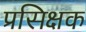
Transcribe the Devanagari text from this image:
प्रसिक्षक